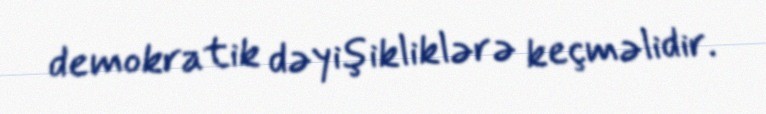
demokratik dəyişikliklərə keçməlidir.